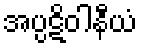
အပ္ပဋိဝါနီယံ